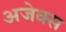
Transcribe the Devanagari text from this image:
अजेक्स